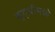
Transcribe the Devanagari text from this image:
बुद्धीमध्ये